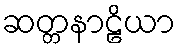
ဆတ္တနာဠိယာ